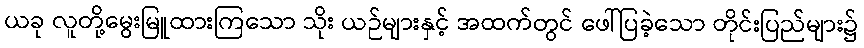
ယခု လူတို့မွေးမြူထားကြသော သိုး ယဉ်များနှင့် အထက်တွင် ဖေါ်ပြခဲ့သော တိုင်းပြည်များ၌